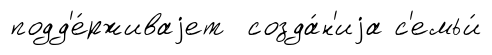
подд'е́рживаjет созда́н'иjа с'емьи́